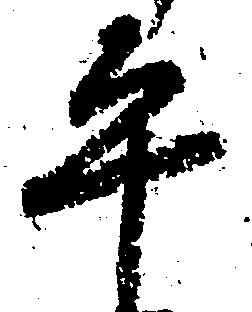
平